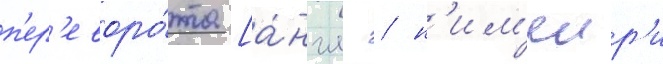
п'ер'еворо́та [а́нгл. / н'им'еир'и